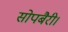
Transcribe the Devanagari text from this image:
सोपबैरी।